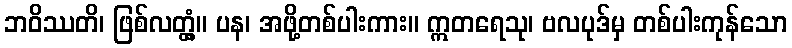
ဘဝိဿတိ၊ ဖြစ်လတ္တံ့။ ပန၊ အဖို့တစ်ပါးကား။ ဣတရေသု၊ ဗလပုဒ်မှ တစ်ပါးကုန်သော